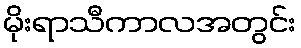
မိုးရာသီကာလအတွင်း